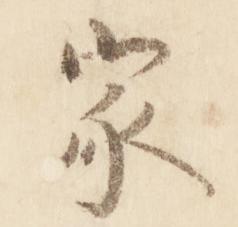
家